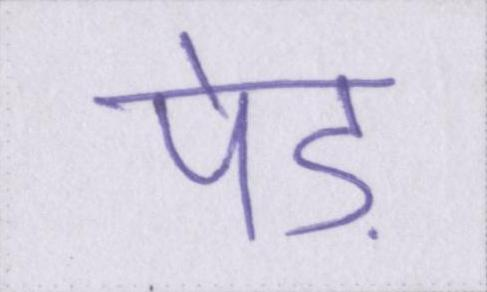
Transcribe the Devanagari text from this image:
पेड़